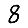
Digit: 8